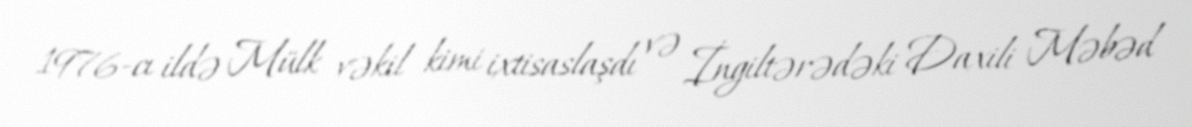
1976-cı ildə Mülk vəkil kimi ixtisaslaşdı və İngiltərədəki Daxili Məbəd